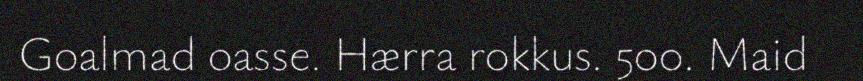
Goalmad oasse. Hærra rokkus. 500. Maid